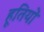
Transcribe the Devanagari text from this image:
हूतियों